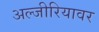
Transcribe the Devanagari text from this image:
अल्जीरियावर